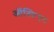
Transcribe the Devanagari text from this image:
ऑस्टिएट